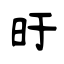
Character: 旴